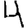
Digit: 4